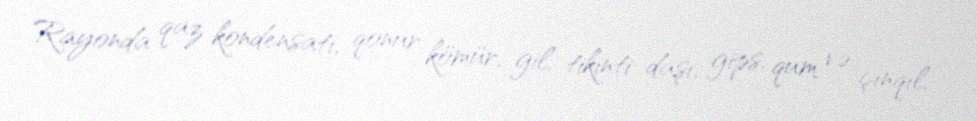
Rayonda qaz kondensatı, qonur kömür, gil, tikinti daşı, gips, qum və çınqıl,